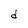
Character: d